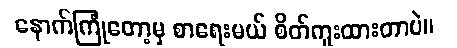
နောက်ကြုံတော့မှ စာရေးမယ် စိတ်ကူးထားတာပဲ။